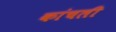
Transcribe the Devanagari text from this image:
कांचली